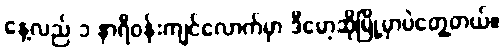
နေ့လည် ၁ နာရီဝန်းကျင်လောက်မှာ ဒီမော့ဆိုမြို့မှာပဲတွေ့တယ်။